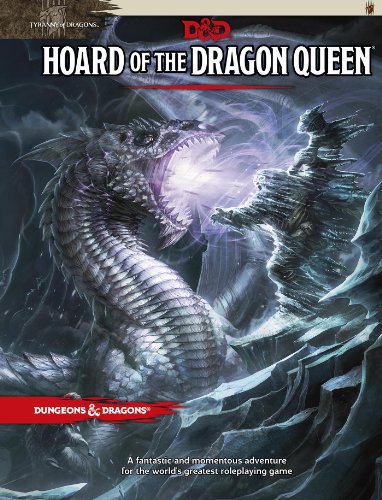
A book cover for Hoard of the Dragon Queen (D&D Adventure); Wizards RPG Team; Science Fiction & Fantasy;